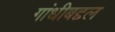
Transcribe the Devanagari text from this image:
गांधीबद्दल